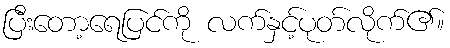
ပြီးတော့ရေပြင်ကို လက်နှင့်ပုတ်လိုက်၏။